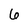
Character: 6